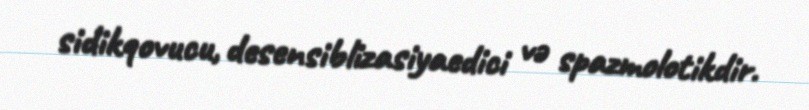
sidikqovucu, desensiblizasiyaedici və spazmolotikdir.